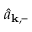
\hat { a } _ { \mathbf { k } , - }